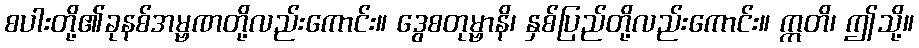
စပါးတို့၏ခုနစ်အမ္ဗဏတို့လည်းကောင်း။ ဒွေစတုမ္ဗာနိ၊ နှစ်ပြည်တို့လည်းကောင်း။ ဣတိ၊ ဤသို့။